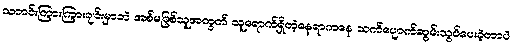
သတင်းကြားကြားချင်းမှာဘဲ အစ်မဖြစ်သူအတွက် သူရောက်ရှိတဲ့နေရာကနေ သက်ပျောက်ဆွမ်းသွပ်ပေးခဲ့တာပဲ